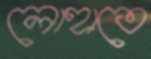
লোহাতে